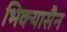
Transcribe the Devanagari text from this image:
भिक्यासैन